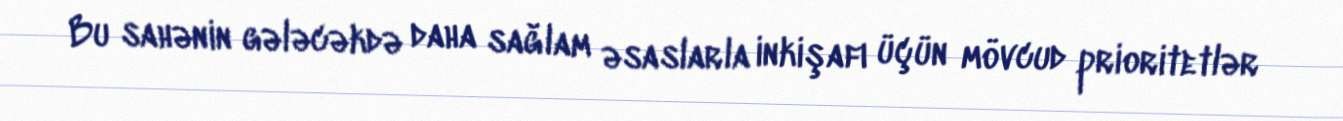
Bu sahənin gələcəkdə daha sağlam əsaslarla inkişafı üçün mövcud prioritetlər